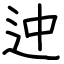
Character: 迚